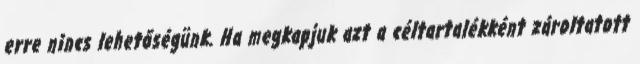
erre nincs lehetőségünk. Ha megkapjuk azt a céltartalékként zároltatott